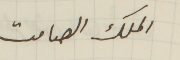
الملك الصامت